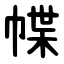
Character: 幉